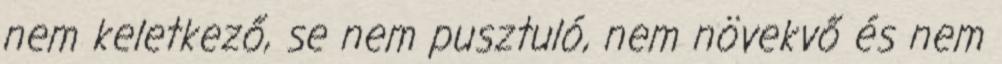
nem keletkező, se nem pusztuló, nem növekvő és nem